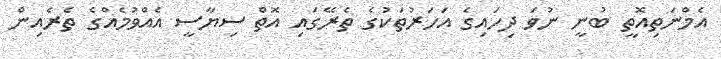
އެމްނަތިއޮތީ ބުނީ ނުވަ ދިހައިގެ އަހަރުތަކުގެ ތެރޭގައި އޮތް ސިޔާސީ އެއްވުމެއްގެ ތެރެއިން